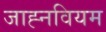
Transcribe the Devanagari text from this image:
जाह्नवियम